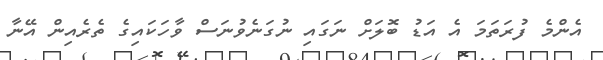
އެންމެ ފުރަތަމަ އެ އަޑު ބޮލަށް ނަގައި ނުގަނެވުނަސް ވާހަކައިގެ ތެރެއިން އޭނާ